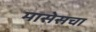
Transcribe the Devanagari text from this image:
मासेसचा